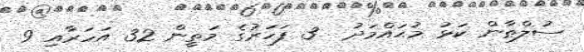
ސުލްޠާން ކަޅު މުޙައްމަދު  3 ފަހަރުގެ މަތީން 32 އަހަރާއި 9